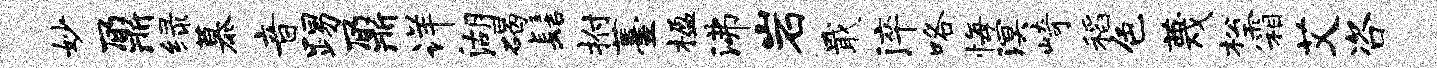
妙鼐绿慕音踢鼐详湖碣髻拊薹楹沸岩戢淬咯悔溟崎稻色蔑松霜艾咨